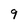
Character: 9